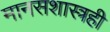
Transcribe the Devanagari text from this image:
मानसशास्त्रही